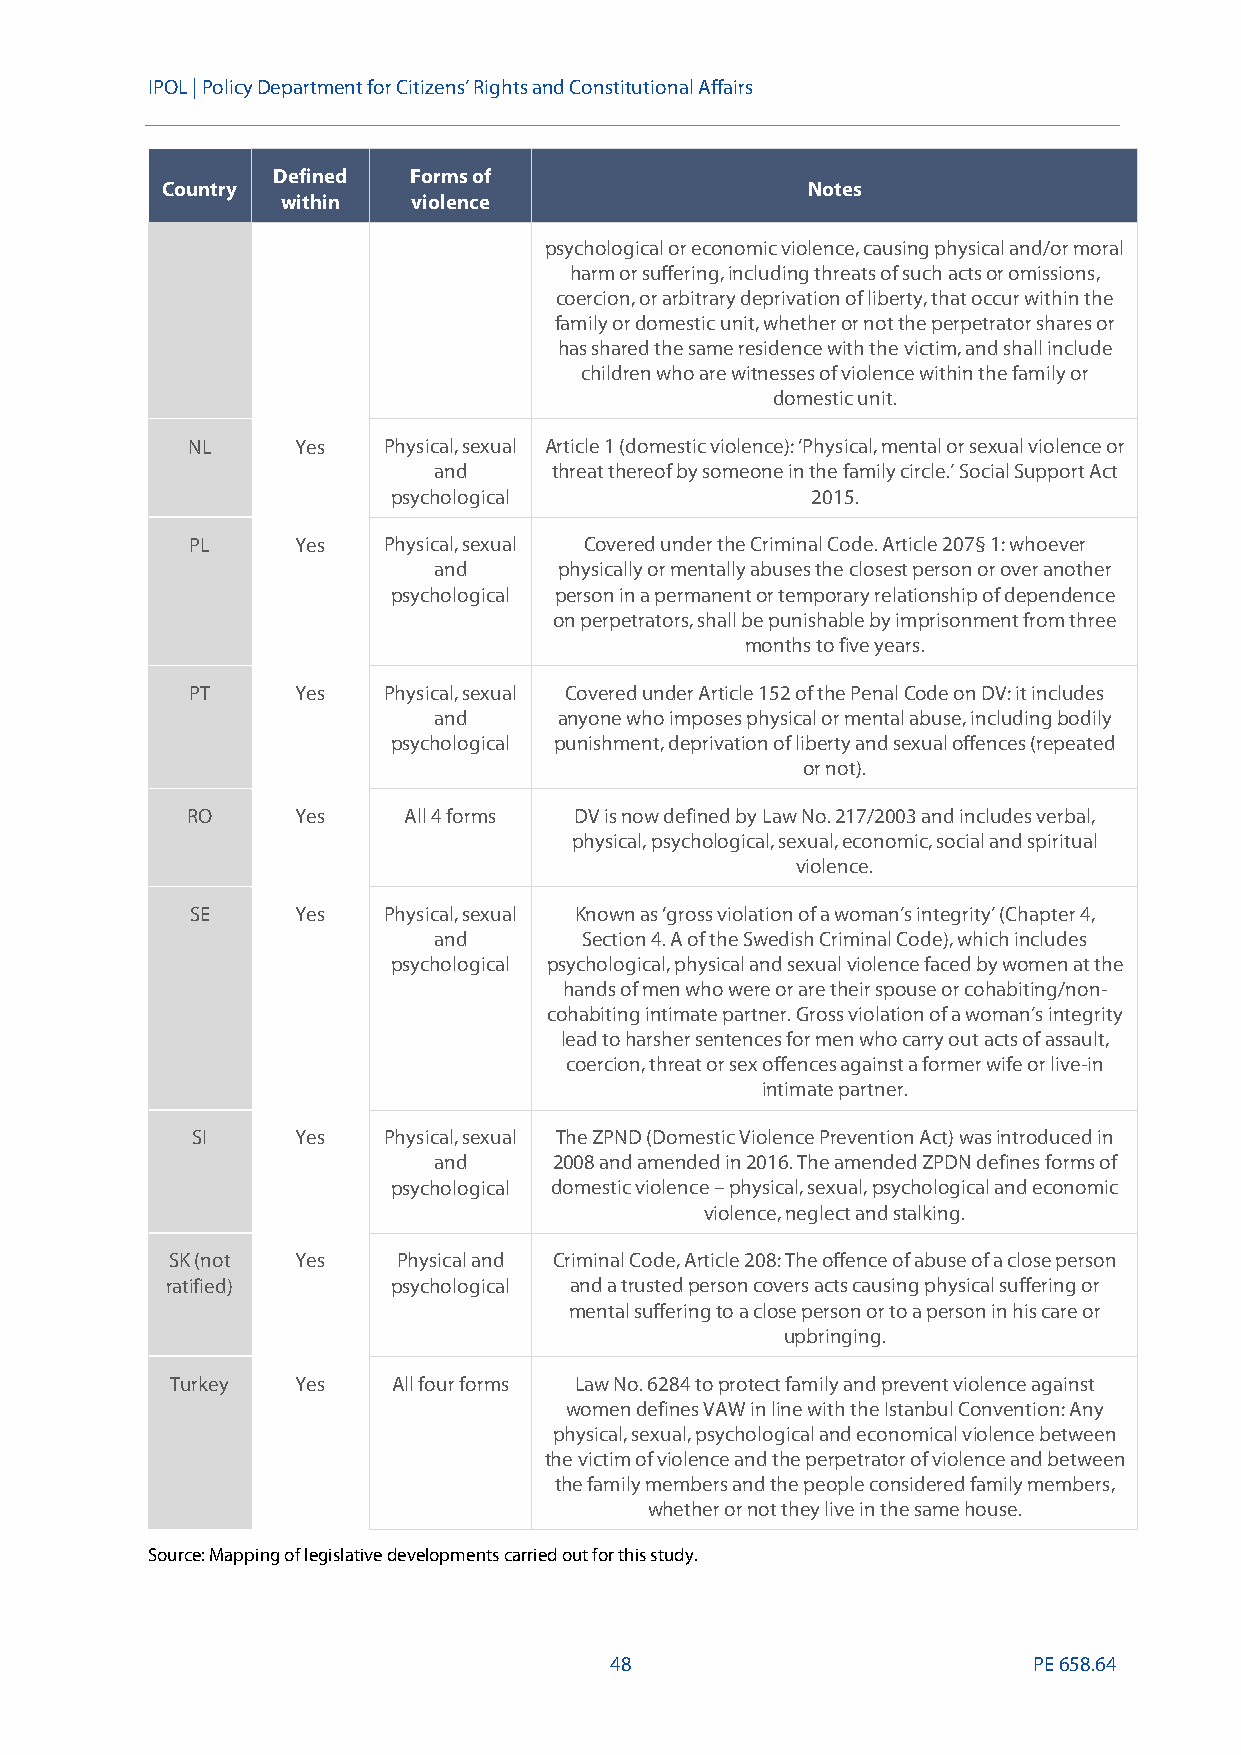
IPOL |Policy Department for Citizens’ Rights and Constitutional Affairs
 Defined  Forms of
 Country                                   Notes
 within  violence
 psychological or economic violence, causing physical and/or moral
 harm or suffering, including threats of such acts or omissions,
 coercion, or arbitrary deprivation of liberty, that occur within the
 family or domestic unit, whether or not the perpetrator shares or
 has shared the same residence with the victim, and shall include
 children who are witnesses of violence within the family or
 domestic unit.
 NL      Yes  Physical, sexual Article 1 (domestic violence): ‘Physical, mental or sexual violence or
 and     threat thereof by someone in the family circle.’ Social Support Act
 psychological               2015.
 PL     Yes  Physical, sexual Covered under the Criminal Code. Article 207§ 1: whoever
 and     physically or mentally abuses the closest person or over another
 psychological person in a permanent or temporary relationship of dependence
 on perpetrators, shall be punishable by imprisonment from three
 months to five years.
 PT     Yes  Physical, sexual Covered under Article 152 of the PenalCode on DV: it includes
 and     anyone who imposes physical or mental abuse, including bodily
 psychological punishment, deprivation of liberty and sexual offences (repeated
 or not).
 RO      Yes    All 4 forms DV is now defined by Law No. 217/2003 and includes verbal,
 physical, psychological, sexual, economic, social and spiritual
 violence.
 SE     Yes  Physical, sexual Known as ‘gross violation of a woman’s integrity’ (Chapter 4,
 and       Section 4. A of the Swedish Criminal Code), which includes
 psychological psychological, physical and sexualviolence faced by women at the
 hands of men who were or are their spouse or cohabiting/non-
 cohabiting intimate partner. Gross violation of a woman’s integrity
 lead to harsher sentences for men who carry out acts of assault,
 coercion, threat or sex offences against a former wife or live-in
 intimate partner.
 SI     Yes  Physical, sexual The ZPND (Domestic Violence Prevention Act) was introduced in
 and     2008 and amended in 2016. The amended ZPDN defines forms of
 psychological domestic violence–physical, sexual,psychological and economic
 violence, neglect and stalking.
 SK (not  Yes   Physical and Criminal Code, Article 208: The offence of abuse of a close person
 ratified)      psychological and a trusted person covers acts causing physical suffering or
 mental sufferingto a close person or to a person in his care or
 upbringing.
 Turkey   Yes   All four forms Law No. 6284 to protect family and prevent violence against
 women defines VAW in line with the Istanbul Convention: Any
 physical, sexual, psychological and economical violence between
 the victim of violence and the perpetrator of violence and between
 the family members and the people considered family members,
 whether or not they live in the same house.
 Source: Mapping of legislative developments carried out for this study.
 48                          PE658.64